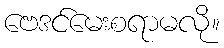
ဗေဒင်မေးစရာမလို။